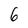
Character: 6